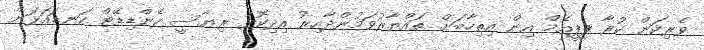
ވެރިކަން ކުރާ ޕީޕީއެމް އިން އިތިހާބަށް ތައްޔާރުވަމުންދާއިރު އިދިކޮޅު ރިޔާސީ ކެންޑިޑޭޓް ކަނޑައަޅަން